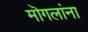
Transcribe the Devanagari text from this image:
मॊगलांना